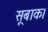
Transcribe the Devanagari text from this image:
सूबाक।